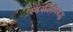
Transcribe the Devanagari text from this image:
स्वरलिपिबद्ध